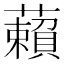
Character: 藾